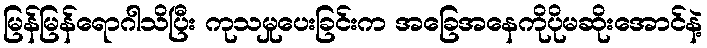
မြန်မြန်ရောဂါသိပြီး ကုသမှုပေးခြင်းက အခြေအနေကိုပိုမဆိုးအောင်နဲ့